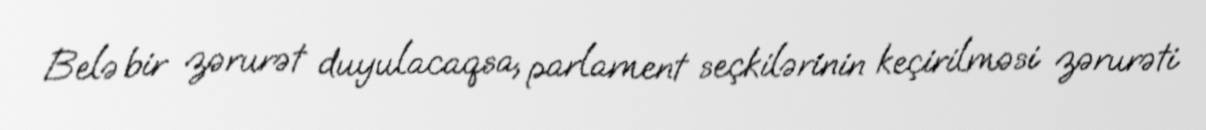
Belə bir zərurət duyulacaqsa, parlament seçkilərinin keçirilməsi zərurəti